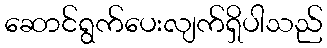
ဆောင်ရွက်ပေးလျက်ရှိပါသည်